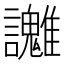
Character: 𧮓